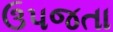
ઉપજતા